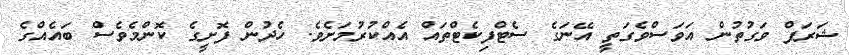
ޝަރަފް ވަގުތުން އަވަސްވެގަތީ އޭނަގެ ސެޓްފިކެޓްތައް އެއްކުރުމަށެވެ. ހެދުން ފޮށީގެ ކޮންމެވެސް ބައެއްގެ